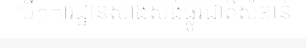
បើកការដ្ឋានសាងសង់ផ្លូវជាតិសំខាន់